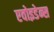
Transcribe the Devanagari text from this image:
एवोइडेन्स